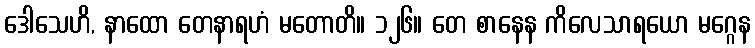
ဒေါသေဟိ, နာထော တေနာရဟံ မတောတိ။ ၁၂၆။ တေ စာနေန ကိလေသာရယော မဂ္ဂေန